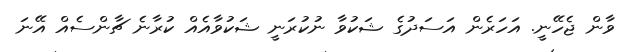
ވާން ޖެހޭނީ. އަހަރެން އަސަދުގެ ޝަކުވާ ނުކުރަނީ ޝަކުވާއެއް ކުރާނެ ޗާންސެއް އޭނަ